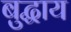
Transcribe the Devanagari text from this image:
बुद्धाय